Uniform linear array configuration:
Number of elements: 8
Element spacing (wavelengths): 0.75
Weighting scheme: kaiser
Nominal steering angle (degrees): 30
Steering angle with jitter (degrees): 29.34
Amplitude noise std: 0.05
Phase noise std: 0.05

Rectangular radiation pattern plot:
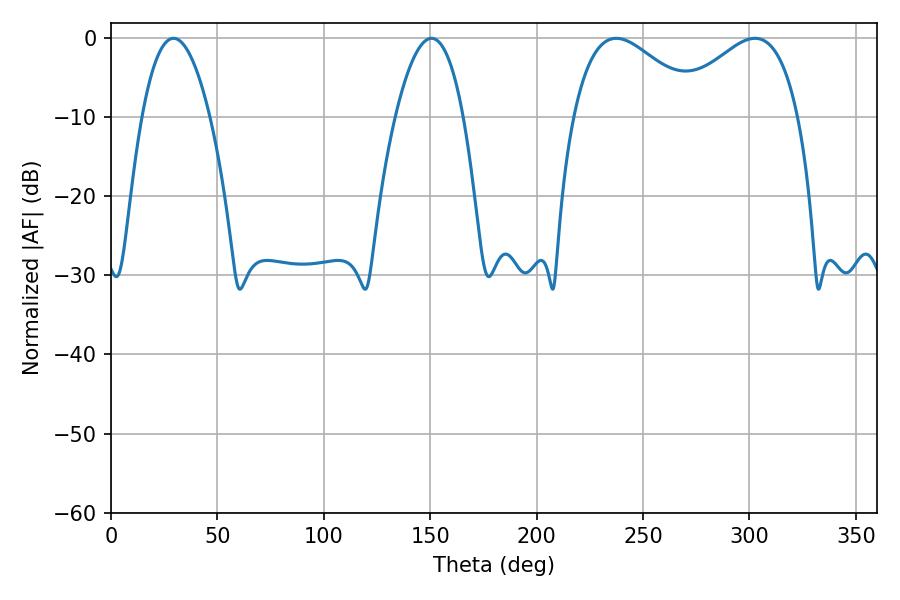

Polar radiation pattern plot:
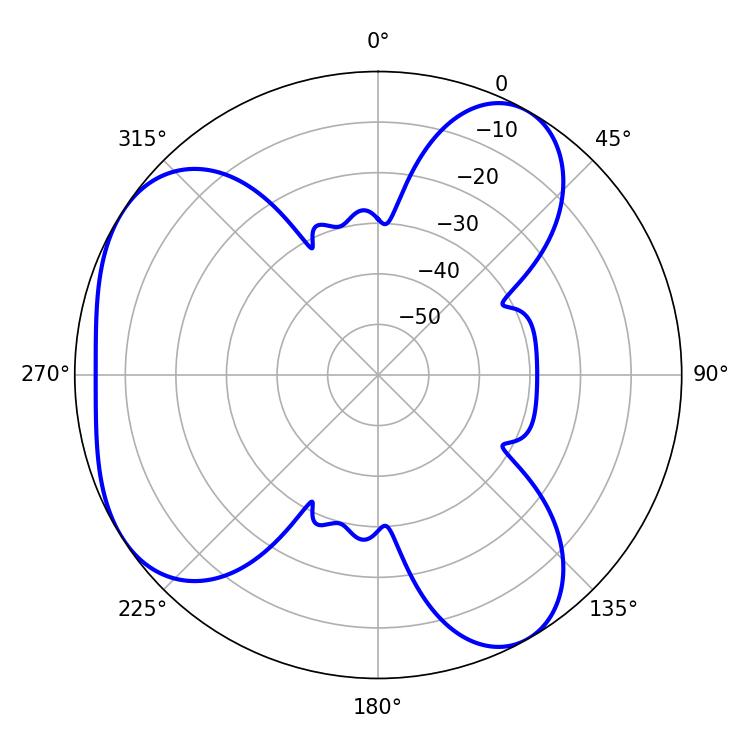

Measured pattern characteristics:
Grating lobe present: TRUE
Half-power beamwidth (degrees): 32.58
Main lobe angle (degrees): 302.58